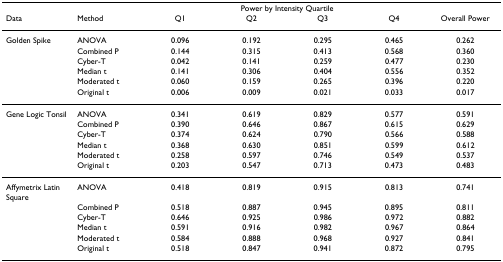
<table><thead><tr><td></td><td></td><td colspan="4"><b>Power by Intensity Quartile</b></td><td></td></tr><tr><td><b>Data</b></td><td><b>Method</b></td><td><b>Q1</b></td><td><b>Q2</b></td><td><b>Q3</b></td><td><b>Q4</b></td><td><b>Overall Power</b></td></tr></thead><tbody><tr><td>Golden Spike</td><td>ANOVA</td><td>0.096</td><td>0.192</td><td>0.295</td><td>0.465</td><td>0.262</td></tr><tr><td></td><td>Combined P</td><td>0.144</td><td>0.315</td><td>0.413</td><td>0.568</td><td>0.360</td></tr><tr><td></td><td>Cyber-T</td><td>0.042</td><td>0.141</td><td>0.259</td><td>0.477</td><td>0.230</td></tr><tr><td></td><td>Median t</td><td>0.141</td><td>0.306</td><td>0.404</td><td>0.556</td><td>0.352</td></tr><tr><td></td><td>Moderated t</td><td>0.060</td><td>0.159</td><td>0.265</td><td>0.396</td><td>0.220</td></tr><tr><td></td><td>Original t</td><td>0.006</td><td>0.009</td><td>0.021</td><td>0.033</td><td>0.017</td></tr><tr><td>Gene Logic Tonsil</td><td>ANOVA</td><td>0.341</td><td>0.619</td><td>0.829</td><td>0.577</td><td>0.591</td></tr><tr><td></td><td>Combined P</td><td>0.390</td><td>0.646</td><td>0.867</td><td>0.615</td><td>0.629</td></tr><tr><td></td><td>Cyber-T</td><td>0.374</td><td>0.624</td><td>0.790</td><td>0.566</td><td>0.588</td></tr><tr><td></td><td>Median t</td><td>0.368</td><td>0.630</td><td>0.851</td><td>0.599</td><td>0.612</td></tr><tr><td></td><td>Moderated t</td><td>0.258</td><td>0.597</td><td>0.746</td><td>0.549</td><td>0.537</td></tr><tr><td></td><td>Original t</td><td>0.203</td><td>0.547</td><td>0.713</td><td>0.473</td><td>0.483</td></tr><tr><td>Affymetrix Latin Square</td><td>ANOVA</td><td>0.418</td><td>0.819</td><td>0.915</td><td>0.813</td><td>0.741</td></tr><tr><td></td><td>Combined P</td><td>0.518</td><td>0.887</td><td>0.945</td><td>0.895</td><td>0.811</td></tr><tr><td></td><td>Cyber-T</td><td>0.646</td><td>0.925</td><td>0.986</td><td>0.972</td><td>0.882</td></tr><tr><td></td><td>Median t</td><td>0.591</td><td>0.916</td><td>0.982</td><td>0.967</td><td>0.864</td></tr><tr><td></td><td>Moderated t</td><td>0.584</td><td>0.888</td><td>0.968</td><td>0.927</td><td>0.841</td></tr><tr><td></td><td>Original t</td><td>0.518</td><td>0.847</td><td>0.941</td><td>0.872</td><td>0.795</td></tr></tbody></table>